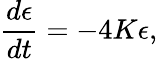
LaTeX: \frac{d\epsilon}{dt}=-4K\epsilon,